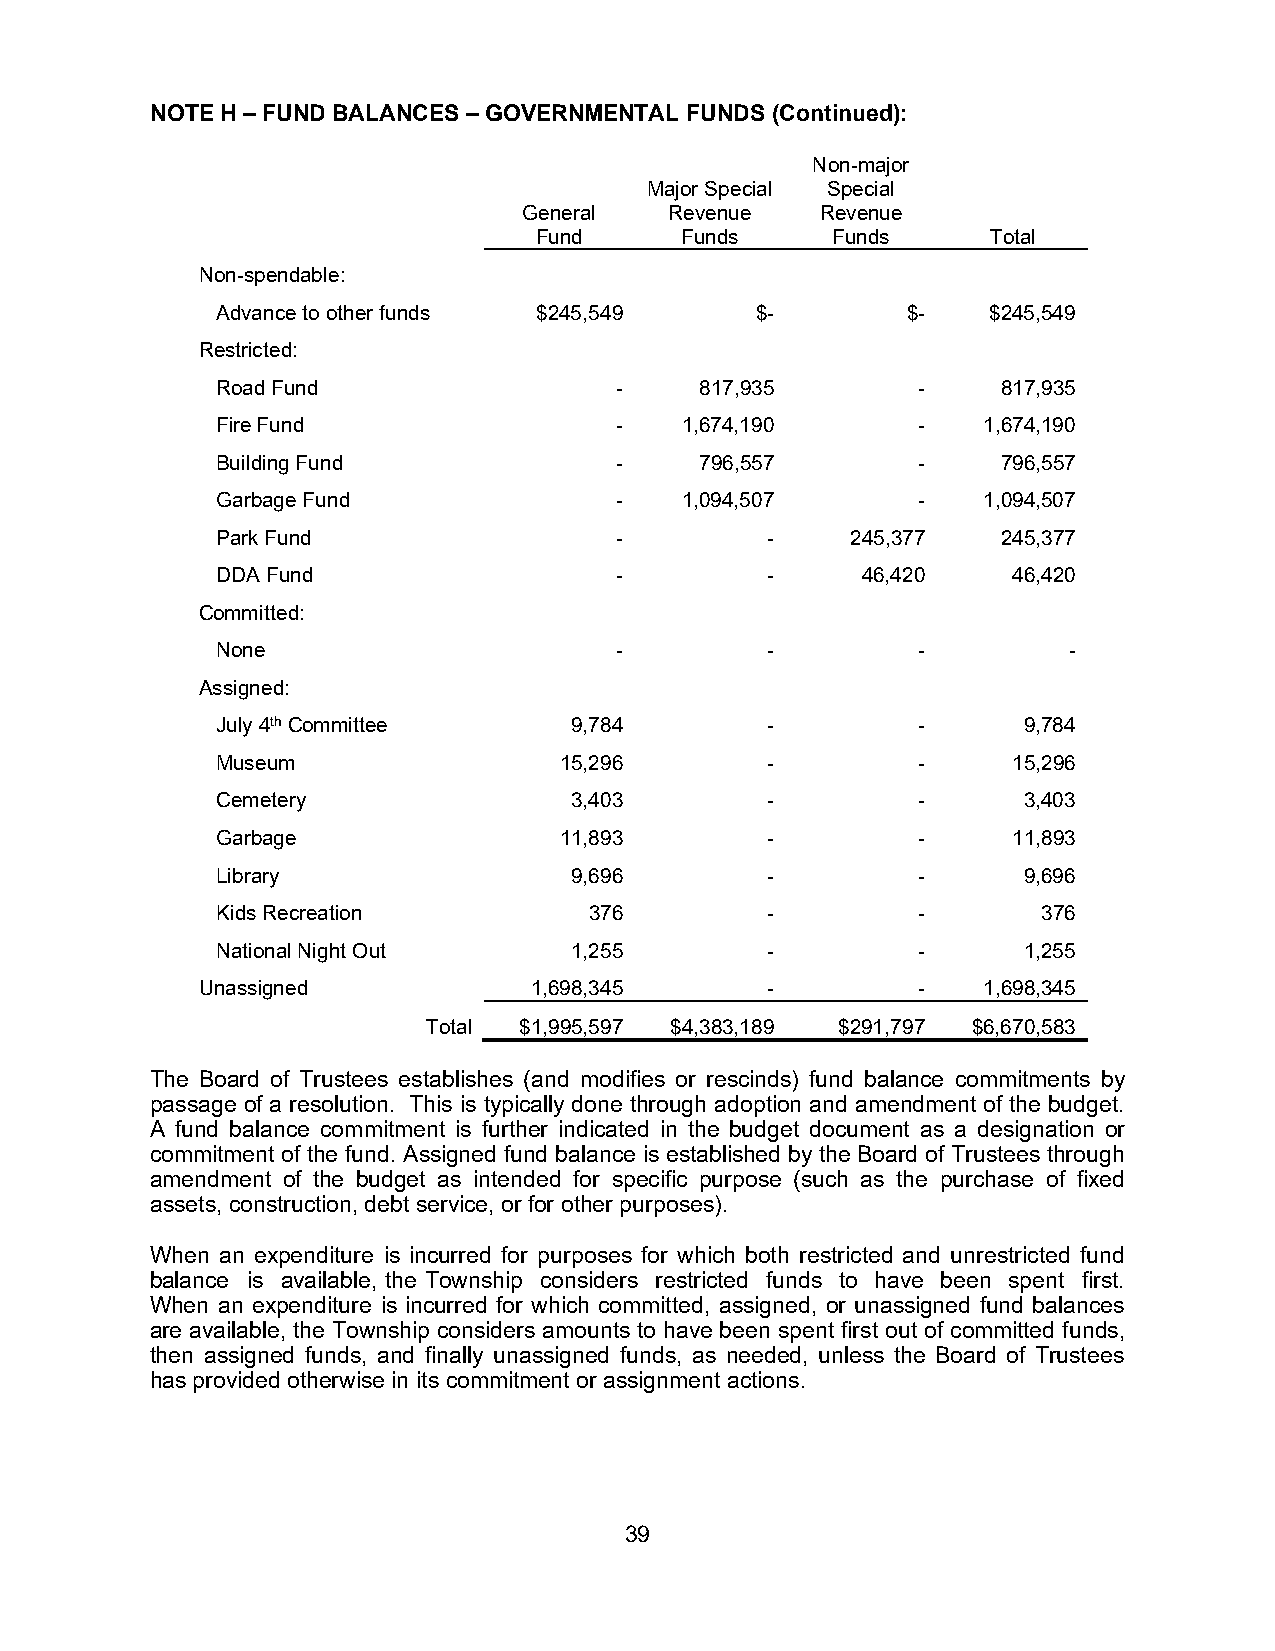
NOTE H – FUND BALANCES – GOVERNMENTAL FUNDS (Continued):
 Non-major
 Major Special Special
 General  Revenue   Revenue
 Fund      Funds     Funds      Total
 Non-spendable:
 Advance to other funds $245,549     $-        $-   $245,549
 Restricted:
 Road Fund                  -    817,935        -    817,935
 Fire Fund                  -   1,674,190       -   1,674,190
 Building Fund              -    796,557        -    796,557
 Garbage Fund               -   1,094,507       -   1,094,507
 Park Fund                  -         -    245,377   245,377
 DDA Fund                   -         -     46,420    46,420
 Committed:
 None                       -         -         -         -
 Assigned:
 July 4th Committee      9,784        -         -      9,784
 Museum                 15,296        -         -     15,296
 Cemetery                3,403        -         -      3,403
 Garbage                11,893        -         -     11,893
 Library                 9,696        -         -      9,696
 Kids Recreation          376         -         -       376
 National Night Out      1,255        -         -      1,255
 Unassigned            1,698,345       -         -   1,698,345
 Total $1,995,597 $4,383,189 $291,797 $6,670,583
 The Board of Trustees establishes (and modifies or rescinds) fund balance commitments by
 passage of a resolution. This is typically done through adoption and amendment of the budget.
 A fund balance commitment is further indicated in the budget document as a designation or
 commitment of the fund. Assigned fund balance is established by the Board of Trustees through
 amendment of the budget as intended for specific purpose (such as the purchase of fixed
 assets, construction, debt service, or for other purposes).
 When an expenditure is incurred for purposes for which both restricted and unrestricted fund
 balance is available, the Township considers restricted funds to have been spent first.
 When an expenditure is incurred for which committed, assigned, or unassigned fund balances
 are available, the Township considers amounts to have been spent first out of committed funds,
 then assigned funds, and finally unassigned funds, as needed, unless the Board of Trustees
 has provided otherwise in its commitment or assignment actions.
 39